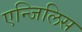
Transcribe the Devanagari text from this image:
एन्जिलिस